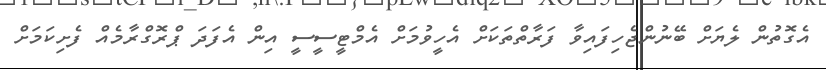
އެގޮތުން ލެޔަށް ބޭނުންޖެހިފައިވާ ފަރާތްތަކަށް އެހީވުމަށް އެމްޓީސީސީ އިން އެފަދަ ޕްރޮގްރާމެއް ފެށިކަމަށް